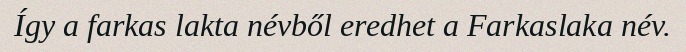
Így a farkas lakta névből eredhet a Farkaslaka név.